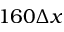
1 6 0 \Delta x